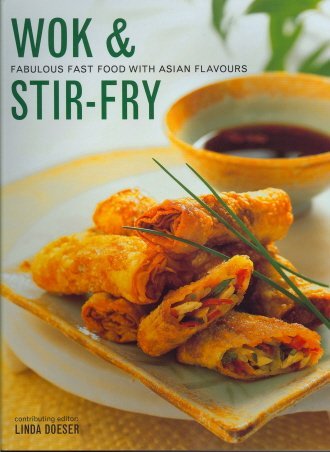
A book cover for Best Ever Wok & Stir Fry Cookbook A256; Linda Doeser; Cookbooks, Food & Wine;